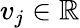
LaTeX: v_{j}\in\mathbb{R}